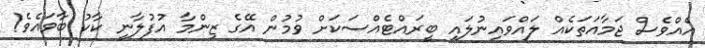
އެއްވެސް ޖަމާއަތަކެއް ލައްވައިނުލައި ބީރައްޓެއްސަކަށް ވުމުން އޭގެ ޒިންމާ އުފުލާނީ ކާކު ބާވައެވެ!